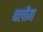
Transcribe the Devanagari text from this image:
बलौग